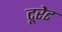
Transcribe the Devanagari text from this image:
टूरेट